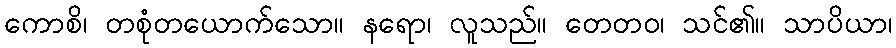
ကောစိ၊ တစုံတယောက်သော။ နရော၊ လူသည်။ တေတဝ၊ သင်၏။ သာပိယာ၊